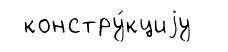
констру́кциjу